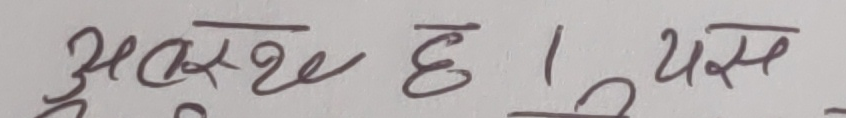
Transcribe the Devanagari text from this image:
अस्वस्थ छु । यस